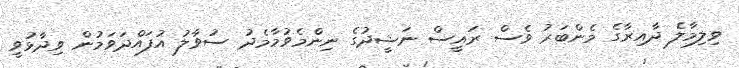
ވިލިމާލެ ދާއިރާގެ މެންބަރު ވެސް ރައީސް ނަޝީދުގެ ނިންމެވުމާމެދު ސުވާލު އުފައްދަވަމުން ވިދާޅުވީ